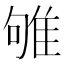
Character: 雊